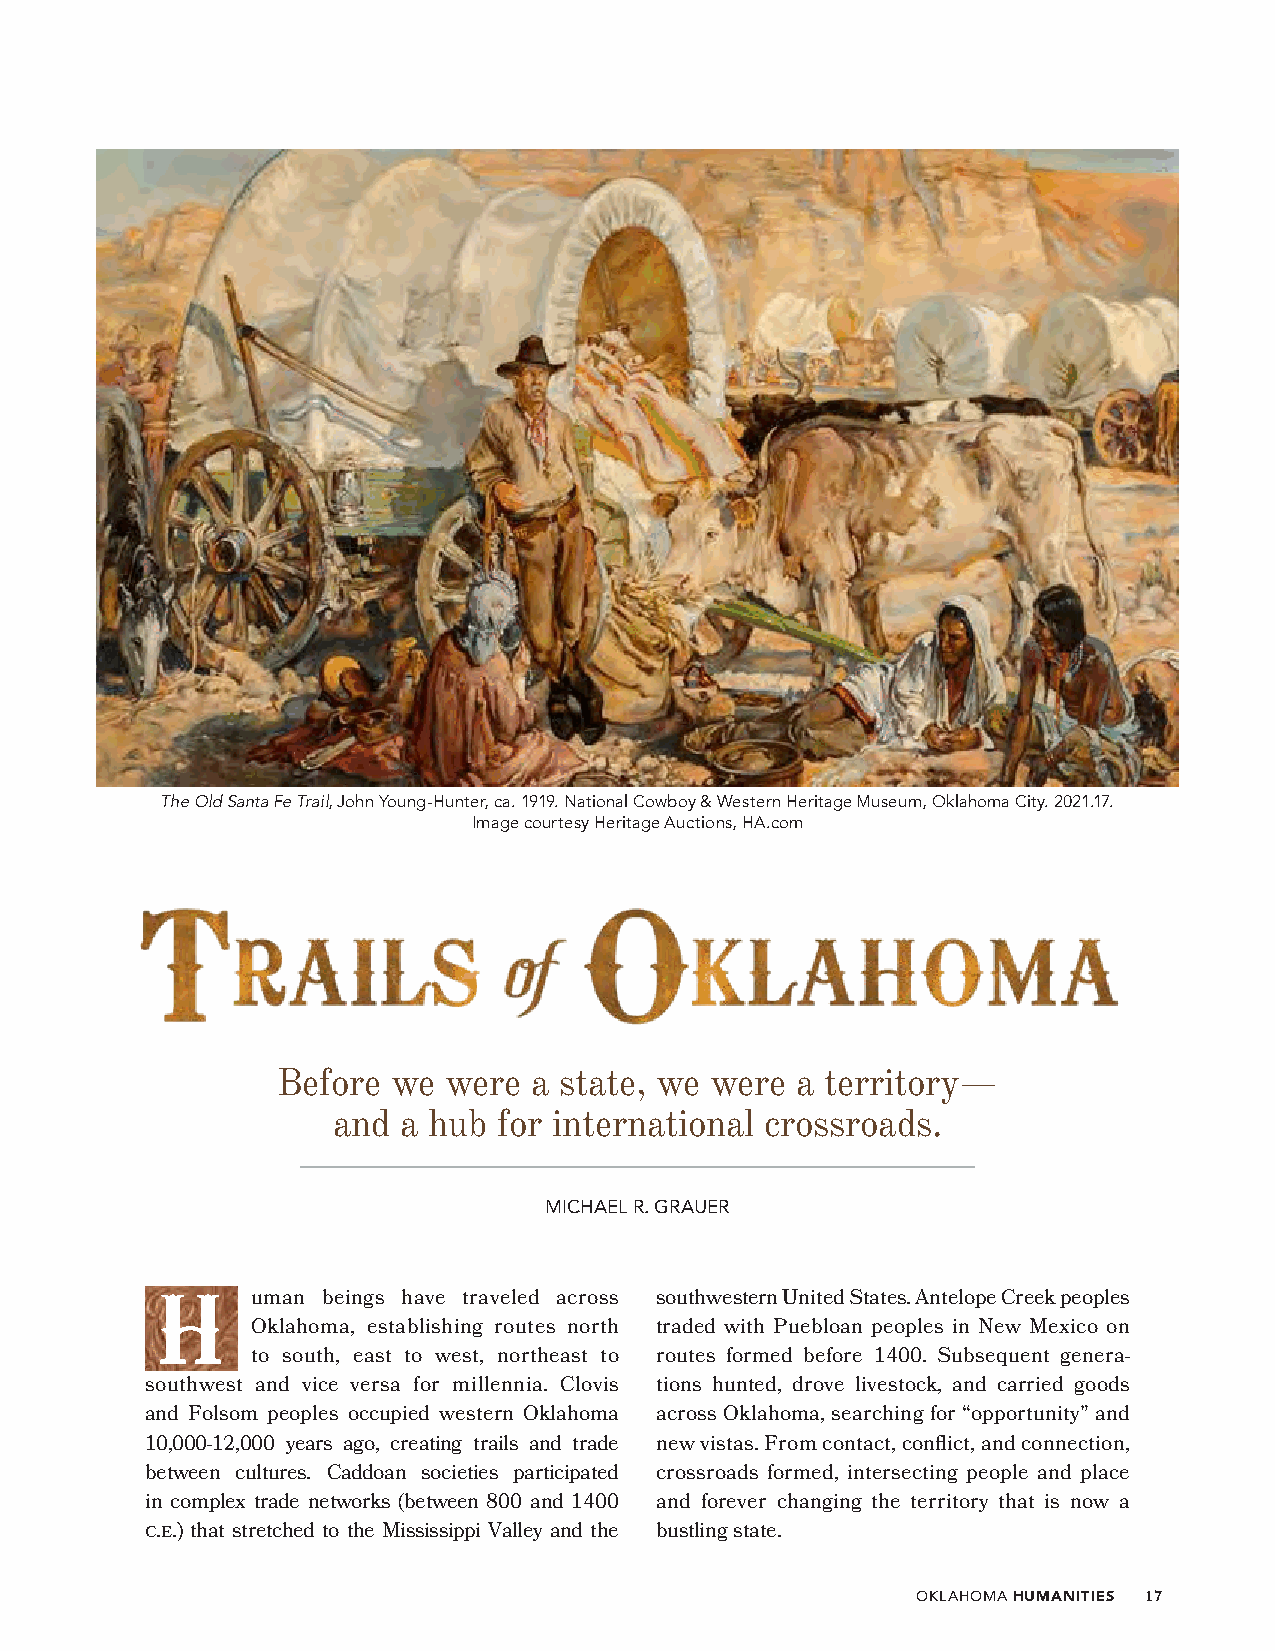
The Old Santa Fe Trail, John Young-Hunter, ca. 1919. National Cowboy & Western Heritage Museum, Oklahoma City. 2021.17.
 Image courtesy Heritage Auctions, HA.com
 Before  we  were a state, we were  a territory—
 and  a hub for international crossroads.
 MICHAEL R. GRAUER
 H      uman beings have traveled across southwestern United States. Antelope Creek peoples
 Oklahoma, establishing routes north traded with Puebloan peoples in New Mexico on
 to south, east to west, northeast to routes formed before 1400. Subsequent genera-
 southwest and vice versa for millennia. Clovis tions hunted, drove livestock, and carried goods
 and Folsom peoples occupied western Oklahoma across Oklahoma, searching for “opportunity” and
 10,000-12,000 years ago, creating trails and trade new vistas. From contact, conflict, and connection,
 between cultures. Caddoan societies participated crossroads formed, intersecting people and place
 in complex trade networks (between 800 and 1400 and forever changing the territory that is now a
 c.e.) that stretched to the Mississippi Valley and the bustling state.
 OKLAHOMA HUMANITIES 17